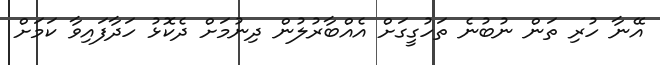
އޭނާ ހުރި ތަން ނުބުނެ ތަހުގީގަށް އެއްބާރުލުން ދިނުމަށް ދެކޮޅު ހަދާފައިވާ ކަމަށް